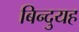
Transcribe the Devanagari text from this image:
बिन्दुयह